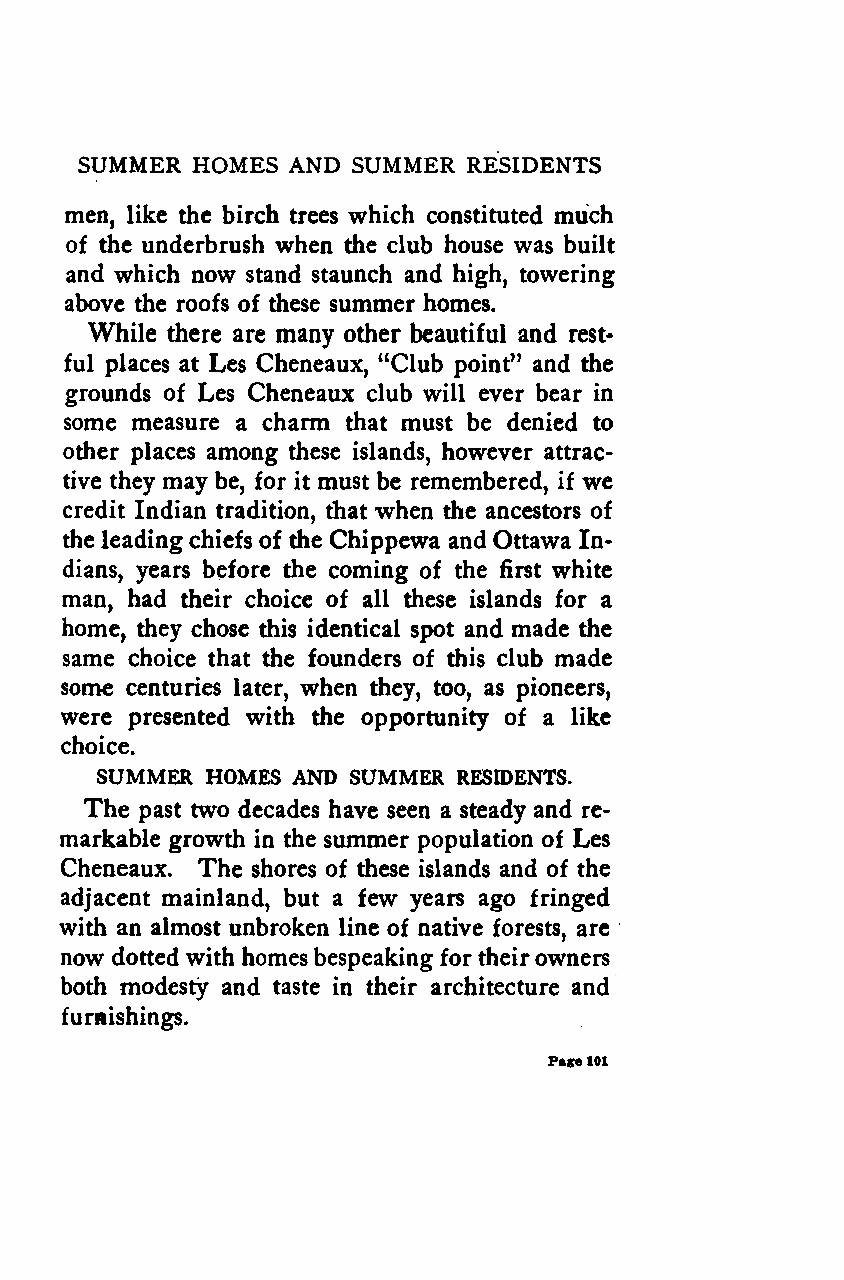
SUMMER  HOMES AND SUMMER  RESIDENTS
 men, like the birch trees which constituted much
 of the underbrush when the club house was built
 and which now stand staunch and high, towering
 above the roofs of these summer homes.
 While there are many other beautiful and rest-
 ful places at Les Cheneaux, "Club point" and the
 grounds of Les Cheneaux club will ever bear in
 some measure a charm that must be denied to
 other places among these islands, however attrac-
 tive they may be, for it must be remembered, if we
 credit Indian tradition, that when the ancestors of
 the leadingchiefs of the Chippewa and Ottawa In-
 dians, years before the coming of the first white
 man, had their choice of all these islands for a
 home, they chose this identical spot and made the
 same choice that the founders of this club made
 some centuries later, when they, too, as pioneers,
 were presented with the opportunity of a like
 choice.
 SUMMER  HOMES AND SUMMER RESIDENTS.
 The past two decades have seen a steady and re-
 markable growth in the summer population of Les
 Cheneaux. The shores of these islands and of the
 adjacent mainland, but a few years ago fringed
 with an almost unbroken line of native forests, are
 now dotted with homes bespeaking for theirowners
 both modesty and taste in their architecture and
 furnishings.
 Page101
 Google
 Digitizedby